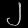
Digit: ၂